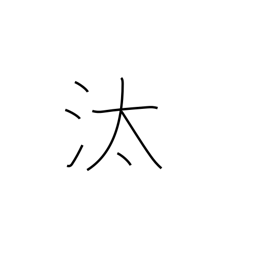
Meaning: washing